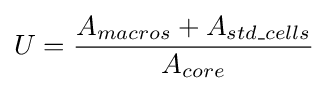
U={\frac {A_{macros}+A_{std\_cells}}{A_{core}}}